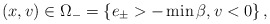
\begin{align*}\left( x,v\right) \in\Omega_{-}=\left\{ e_{\pm}>-\min\beta,v<0\right\},\end{align*}